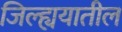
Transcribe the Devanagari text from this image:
जिल्ह्ययातील